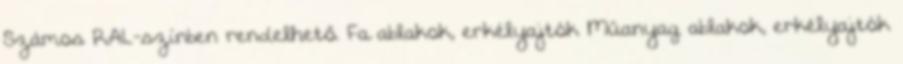
Számos RAL-színben rendelhető. Fa ablakok, erkélyajtók Műanyag ablakok, erkélyajtók